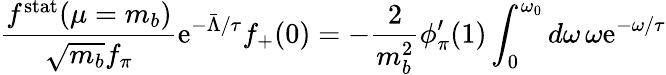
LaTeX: \frac{f^{\mathrm{stat}}(\mu=m_{b})}{\sqrt{m_{b}}f_{\pi}}\mathrm{e}^{-\bar{\Lambda}/\tau}f_{+}(0)=-\frac{2}{m_{b}^{2}}\phi_{\pi}^{\prime}(1)\int_{0}^{\omega_{0}}d\omega\, \omega\mathrm{e}^{-\omega/\tau}